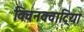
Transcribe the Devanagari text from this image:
क्विनक्वाट्रिया